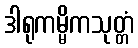
ဒါရုကမ္မိကသုတ္တံ